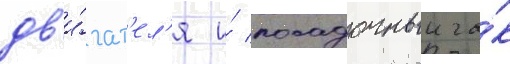
дв'и́гат'ел'я и́ посадочныи га́к